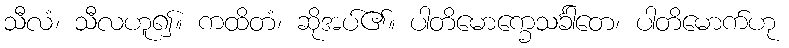
သီလံ၊ သီလဟူ၍။ ကထိတံ၊ ဆိုအပ်၏။ ပါတိမောက္ခေသင်္ခါတေ၊ ပါတိမောက်ဟု